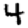
Digit: 4